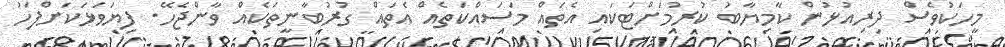
މީހަކުވެސް ދިރިއުޅުން ކާމިޔާބު ކުރުމަށްޓަކައި އެތައް މަސައްކަތެއް އެތައް ގުރުބާނީތަކެއް ވާންޖެހޭ. ފިޔަވަޅަކަށްފަހު